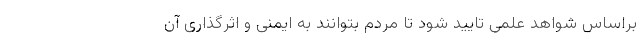
براساس شواهد علمی تایید شود تا مردم بتوانند به ایمنی و اثرگذاری آن